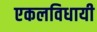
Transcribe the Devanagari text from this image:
एकलविधायी